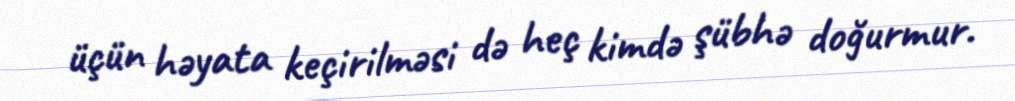
üçün həyata keçirilməsi də heç kimdə şübhə doğurmur.